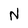
Character: N